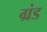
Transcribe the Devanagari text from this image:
ग्रंड